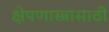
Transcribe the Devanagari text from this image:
क्षेपणास्त्रासाठी